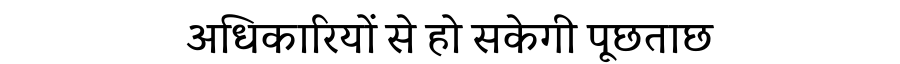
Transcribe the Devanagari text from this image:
अधिकारियों से हो सकेगी पूछताछ